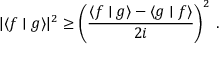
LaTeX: | \langle f \mid g \rangle | ^ { 2 } \geq { \bigg ( } { \frac { \langle f \mid g \rangle - \langle g \mid f \rangle } { 2 i } } { \bigg ) } ^ { 2 } ~ .